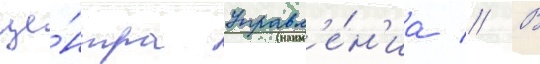
це́нтра управл'е́н'иа // В